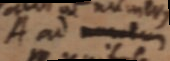
A ad _